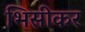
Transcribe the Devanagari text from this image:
भिसीकर